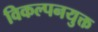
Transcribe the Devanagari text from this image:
विकल्पनयुक्त